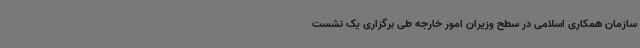
سازمان همکاری اسلامی در سطح وزیران امور خارجه طی برگزاری یک نشست